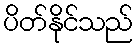
ပိတ်နိုင်သည်